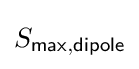
S_{\mathsf {max,dipole}}